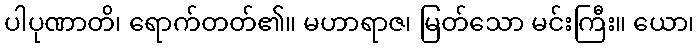
ပါပုဏာတိ၊ ရောက်တတ်၏။ မဟာရာဇ၊ မြတ်သော မင်းကြီး။ ယော၊